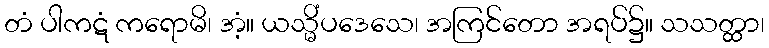
တံ ပါကဋံ ကရောမိ၊ အံ့။ ယသ္မိံပဒေသေ၊ အကြင်တော အရပ်၌။ သသတ္ထာ၊